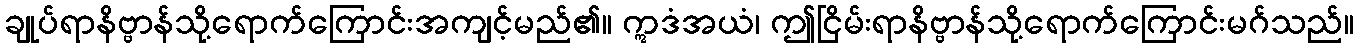
ချုပ်ရာနိဗ္ဗာန်သို့ရောက်ကြောင်းအကျင့်မည်၏။ ဣဒံအယံ၊ ဤငြိမ်းရာနိဗ္ဗာန်သို့ရောက်ကြောင်းမဂ်သည်။